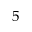
5